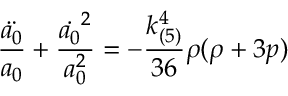
\frac { \ddot { a _ { 0 } } } { a _ { 0 } } + \frac { \dot { a _ { 0 } } ^ { 2 } } { a _ { 0 } ^ { 2 } } = - \frac { k _ { ( 5 ) } ^ { 4 } } { 3 6 } \rho ( \rho + 3 p )